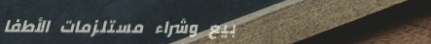
بيع وشراء مستلزمات الأطفا